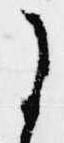
に